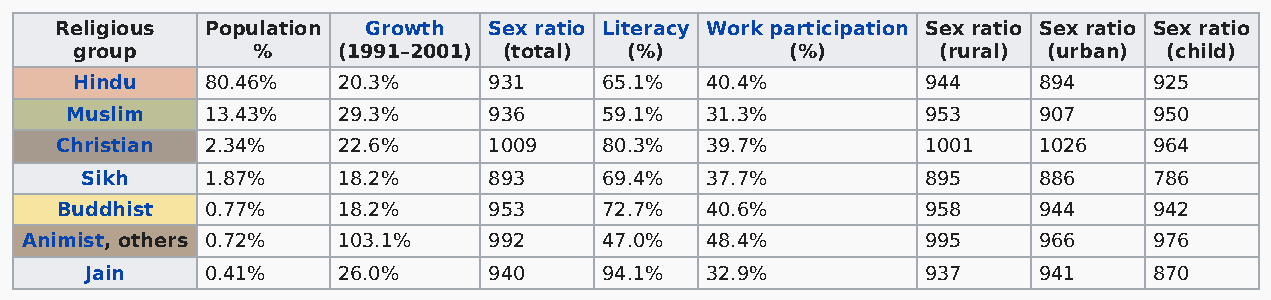
Religious Population Growth Sex ratio Literacy Work participation Sex ratio Sex ratio Sex ratio
 group       %    (1991–2001) (total) (%)       (%)       (rural) (urban) (child)
 Hindu    80.46%  20.3%     931     65.1%  40.4%         944     894    925
 Muslim    13.43%  29.3%     936     59.1%  31.3%         953     907    950
 Christian 2.34%   22.6%     1009    80.3%  39.7%         1001    1026   964
 Sikh     1.87%   18.2%     893     69.4%  37.7%         895     886    786
 Buddhist  0.77%   18.2%     953     72.7%  40.6%         958     944    942
 Animist, others 0.72% 103.1%   992     47.0%  48.4%         995     966    976
 Jain    0.41%   26.0%     940     94.1%  32.9%         937     941    870